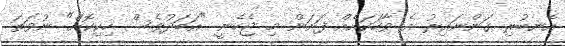
އެނބުރި ގަންނައިރު އެ ވާހަކައެއް ފަށަން މި ޖެހެނީ "އަބަދުވެސް ހިކިކޮށް" ނުވަތަ